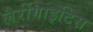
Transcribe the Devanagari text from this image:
लैरींगाइटिस